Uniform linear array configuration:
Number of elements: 48
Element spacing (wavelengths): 1
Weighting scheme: uniform
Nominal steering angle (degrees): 45
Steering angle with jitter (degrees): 43.214
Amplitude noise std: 0.05
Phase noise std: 0.05

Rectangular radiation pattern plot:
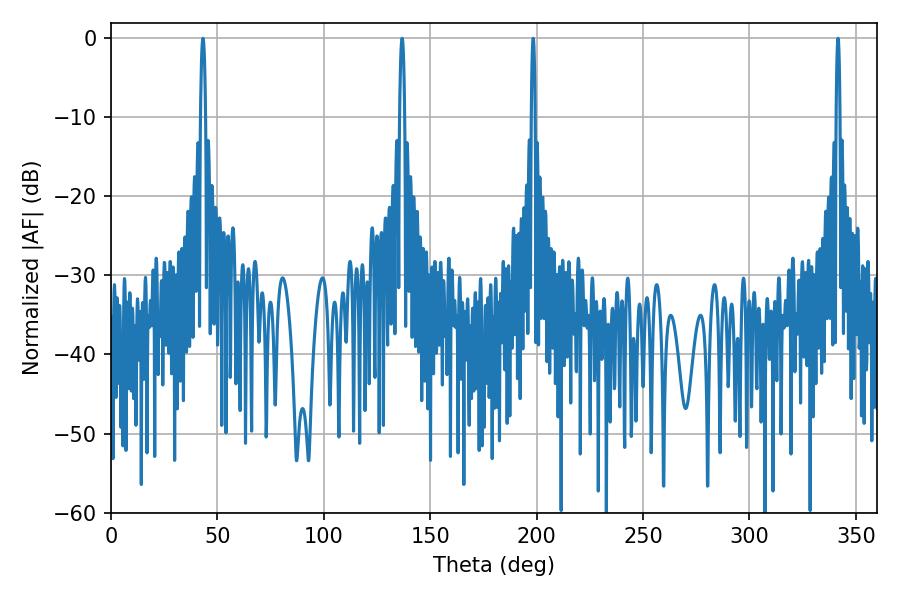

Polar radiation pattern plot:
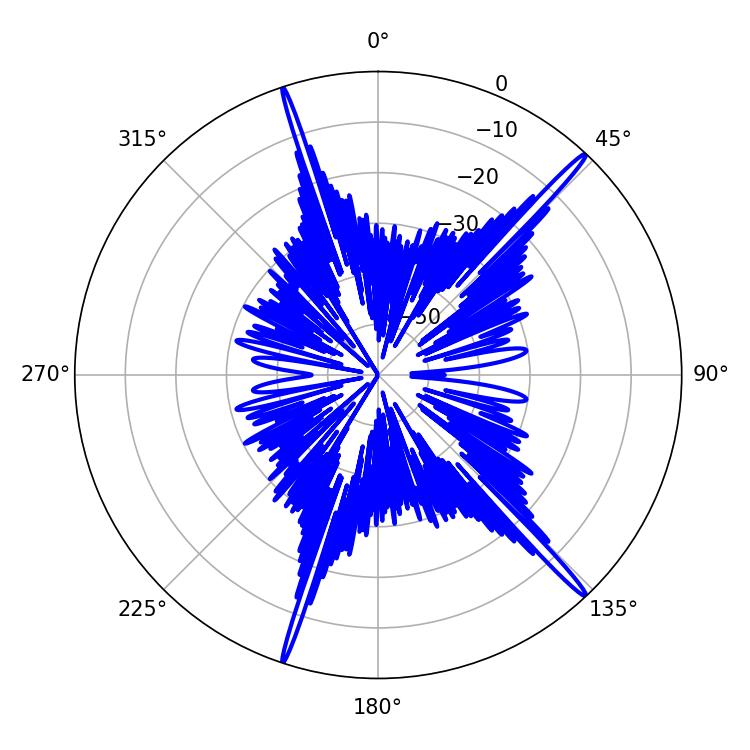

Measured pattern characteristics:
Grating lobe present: TRUE
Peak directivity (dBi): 18.998
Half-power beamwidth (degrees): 1.26
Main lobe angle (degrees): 43.2